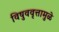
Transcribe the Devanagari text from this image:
विषुववृत्तामुळे